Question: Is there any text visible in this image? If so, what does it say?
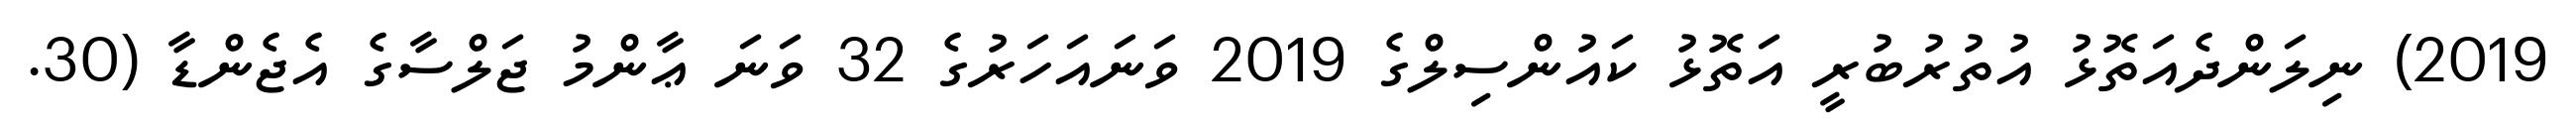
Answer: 2019) ނިލަންދެއަތޮޅު އުތުރުބުރީ އަތޮޅު ކައުންސިލްގެ 2019 ވަނައަހަރުގެ 32 ވަނަ ޢާންމު ޖަލްސާގެ އެޖެންޑާ (30.